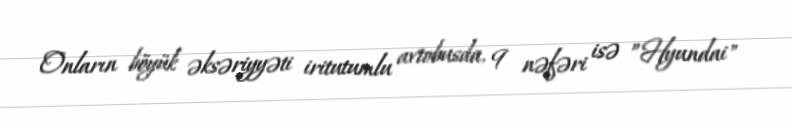
Onların böyük əksəriyyəti iritutumlu avtobusda, 9 nəfəri isə ”Hyundai"